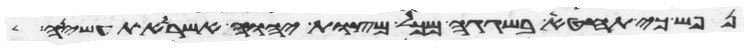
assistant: נפש כי תחטא בשגגה מכל מצות יהוה אשר לא תעשיהן